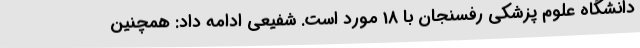
دانشگاه علوم پزشکی رفسنجان با 18 مورد است. شفیعی ادامه داد: همچنین